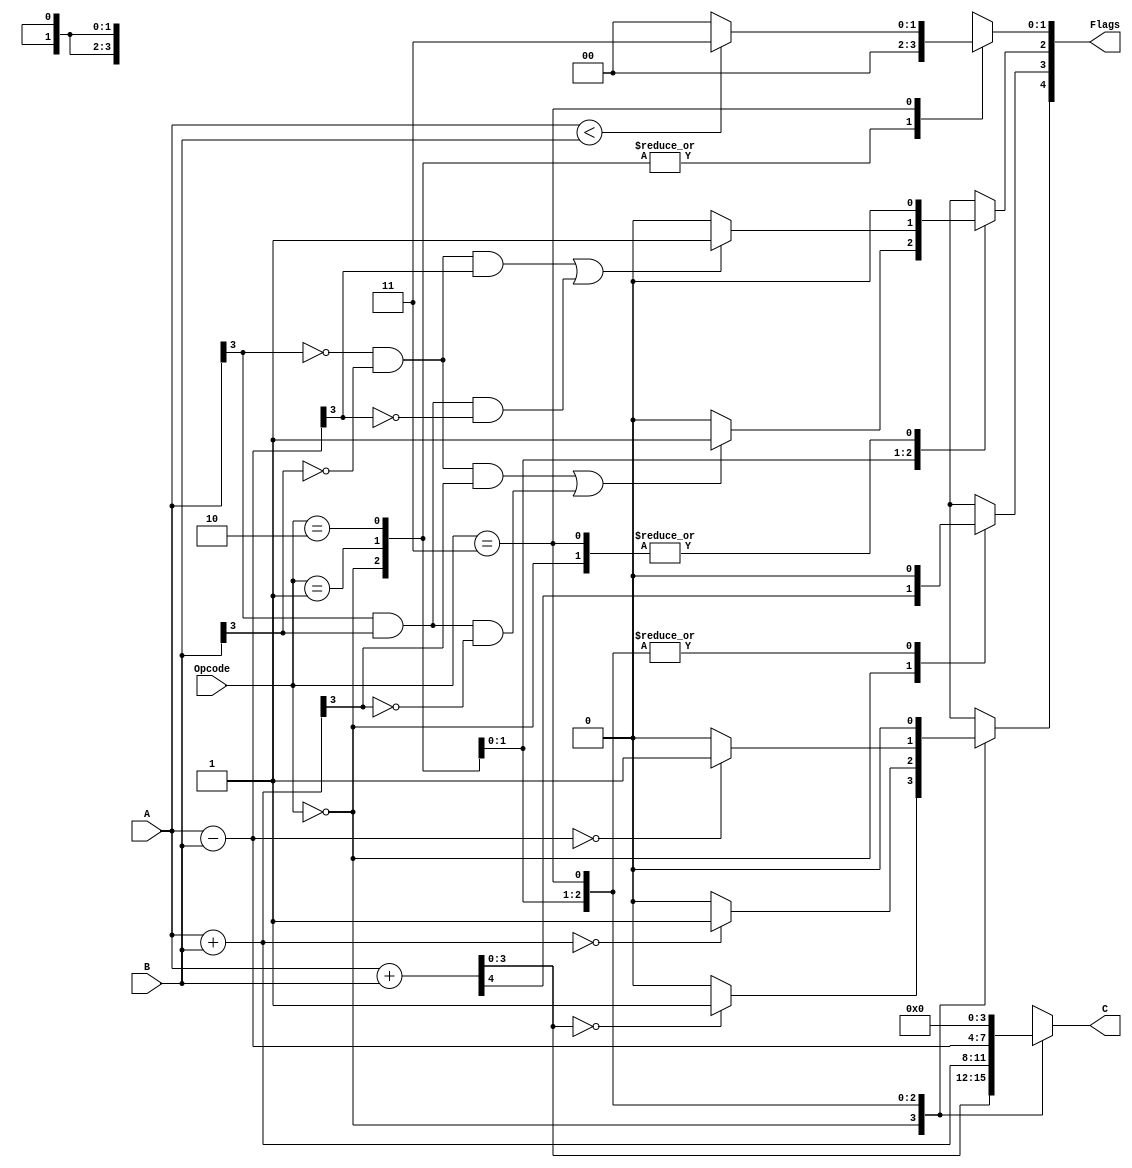
`timescale 1ns / 1ps
//////////////////////////////////////////////////////////////////////////////////
// Company: 
// Engineer: 
// 
// Design Name: 
// Module Name:    alu 
// Project Name: 
// Target Devices: 
// Tool versions: 
// Description: 
//
// Dependencies: 
//
// Revision: 
// Revision 0.01 - File Created
// Additional Comments: 
//
//////////////////////////////////////////////////////////////////////////////////
module alu( A, B, C, Opcode, Flags
    );
input [3:0] A, B;
input [1:0] Opcode;
output reg [3:0] C;
output reg [4:0] Flags;

parameter ADDU = 2'b00;
parameter ADD = 2'b01;
parameter SUB = 2'b10;
parameter CMP = 2'b11;

always @(A, B, Opcode)
begin
	case (Opcode)
	ADDU:
		begin
		{Flags[3], C} = A + B;
		// perhaps if ({Flags[3], C} == 5'b00000) ....
		if (C == 4'b0000) Flags[4] = 1'b1; 
		else Flags[4] = 1'b0;
		Flags[2:0] = 3'b000;
		end
	ADD:
		begin
		C = A + B;
		if (C == 4'b0000) Flags[4] = 1'b1;
		else Flags[4] = 1'b0;
		if( (~A[3] & ~B[3] & C[3]) | (A[3] & B[3] & ~C[3]) ) Flags[2] = 1'b1;
		else Flags[2] = 1'b0;
		Flags[1:0] = 2'b00; Flags[3] = 1'b0;

		end
	SUB:
		begin
		C = A - B;
		if (C == 4'b0000) Flags[4] = 1'b1;
		else Flags[4] = 1'b0;
		if( (~A[3] & ~B[3] & C[3]) | (A[3] & B[3] & ~C[3]) ) Flags[2] = 1'b1;
		else Flags[2] = 1'b0;
		Flags[1:0] = 2'b00; Flags[3] = 1'b0;
		end
	CMP:
		begin
		if( $signed(A) < $signed(B) ) Flags[1:0] = 2'b11;
		else Flags[1:0] = 2'b00;
		C = 4'b0000;
		Flags[4:2] = 3'b000;
		// both positive or both negative
		/*if( A[3] == B[3] )
		begin
			if (A < B) Flags[1:0] = 2'b11;
			else Flags[1:0] = 2'b00;
		end
		else if (A[3] == 1'b0) Flags[1:0] = 2'b00;
		else Flags[1:0] = 2'b01;
		Flags[4:2] = 3'b000;
		
		// C = ?? if I don;t specify, then I'm in trouble.
		C = 4'b0000;
		*/
		end
	default: 
		begin
			C = 4'b0000;
			Flags = 5'b00000;
		end
	endcase
end

endmodule